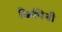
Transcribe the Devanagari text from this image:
किपिनी